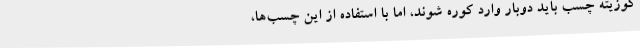
کوزیته چسب باید دوبار وارد کوره شوند، اما با استفاده از این چسب‌ها،